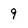
Character: 9